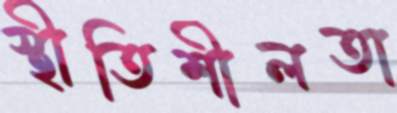
স্থীতিশীলতা